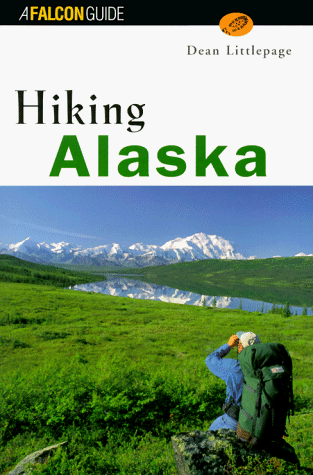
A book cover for Hiking Alaska (State Hiking Series); Dean Littlepage; Travel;